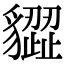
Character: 𧴙